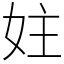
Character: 妵